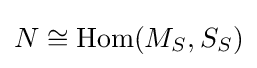
N\cong \operatorname {Hom} (M_{S},S_{S})